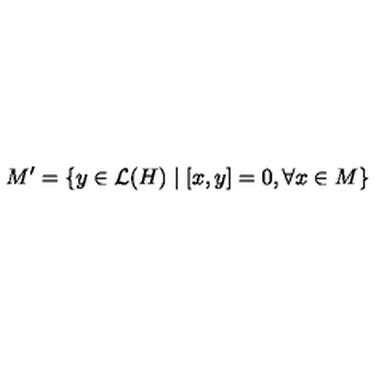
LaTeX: M ^ { \prime } = \left\{ y \in \mathcal { L } ( H ) \mid \left[ x , y \right] = 0 , \forall x \in M \right\}